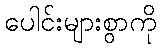
ပေါင်းများစွာကို